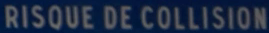
RISQUE DE COLLISION